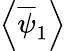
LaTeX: \left<\overline{{\psi}}_{1}\right>